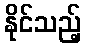
နိုင်သည့်